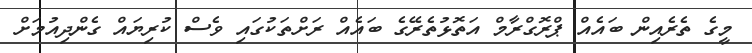
މީގެ ތެރެއިން ބައެއް ޕްރޮގްރާމް އަތޮޅުތެރޭގެ ބައެއް ރަށްތަކުގައި ވެސް ކުރިޔައް ގެންދިއުމަށް